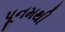
પૂનમથી